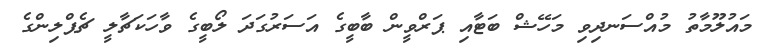
މައުލޫމާތު މުއްސަނދިވި މަހޭޝް ބަޓާއި ޕަރްވީން ބާބީގެ އަސަރުގަދަ ލޯބީގެ ވާހަކަޗާލީ ޗެޕްލިންގެ